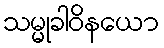
သမ္မုခါဝိနယော